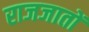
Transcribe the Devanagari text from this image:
राजजातों